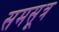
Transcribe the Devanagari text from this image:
समसूत्र